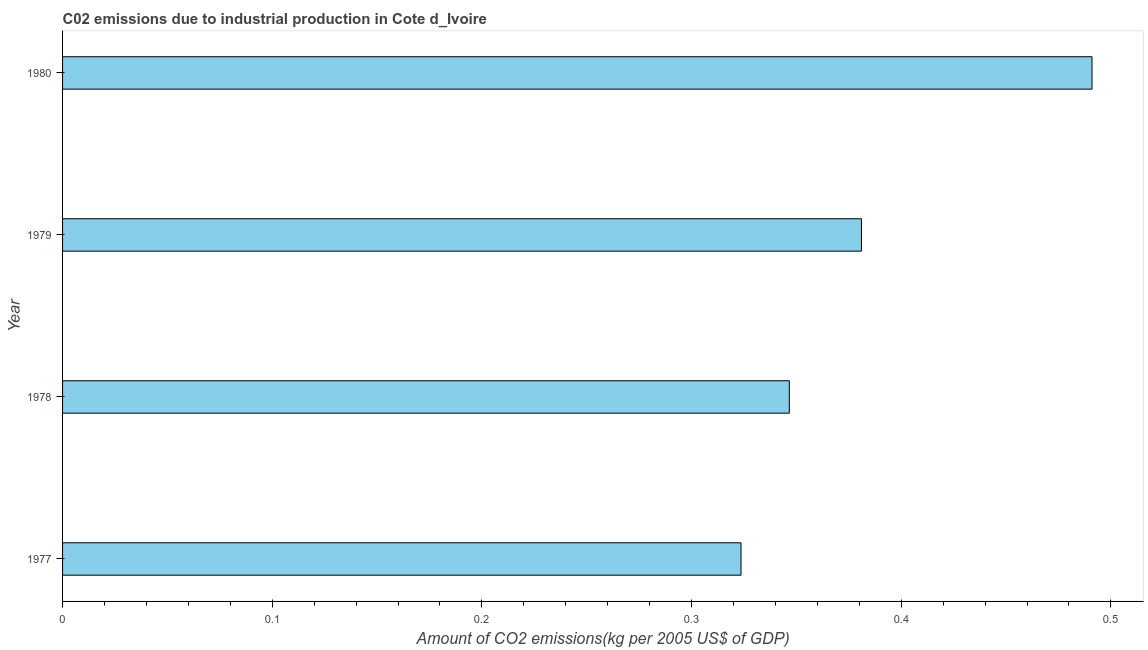
| Year | CO2 emissions  |
 | --- | --- |
 | 1977 | 0.324 |
 | 1978 | 0.347 |
 | 1979 | 0.381 |
 | 1980 | 0.491 |